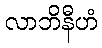
လာဘိနီဟံ